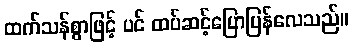
ထက်သန်စွာဖြင့် ပင် ထပ်ဆင့်ပြောပြန်လေသည်။